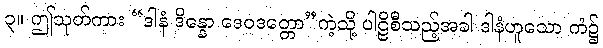
၃။ ဤသုတ်ကား “ဒါနံ ဒိန္နော ဒေဝဒတ္တော”ကဲ့သို့ ပါဠိစီသည့်အခါ ဒါနံဟူသော ကံ၌